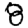
Digit: 8